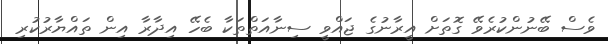
ވެސް ބޭނުންކުރެވޭ ގޮތަށް އީރާނުގެ ޖައްވީ ސިނާއަތްތަކާ ބެހޭ އިދާރާ އިން ތައްޔާރުކުރި